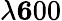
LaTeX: \lambda\le 600